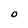
Character: O